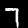
Label: 7